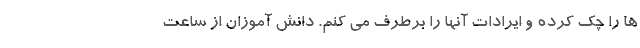
ها را چک کرده و ایرادات آنها را برطرف می کنم. دانش آموزان از ساعت